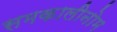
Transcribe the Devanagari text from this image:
समकालीनोम